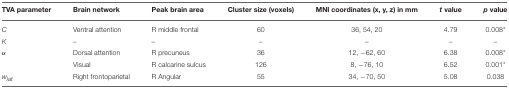
<table><thead><tr><td><b>TVA parameter</b></td><td><b>Brain network</b></td><td><b>Peak brain area</b></td><td><b>Cluster size (voxels)</b></td><td><b>MNI coordinates (x, y, z) in mm</b></td><td><b><i>t</i> value</b></td><td><b><i>p</i> value</b></td></tr></thead><tbody><tr><td><i>C</i></td><td>Ventral attention</td><td>R middle frontal</td><td>60</td><td>36, 54, 20</td><td>4.79</td><td>0.008<sup>*</sup></td></tr><tr><td><i>K</i></td><td>–</td><td>–</td><td>–</td><td>–</td><td>–</td><td>–</td></tr><tr><td>α</td><td>Dorsal attention</td><td>R precuneus</td><td>36</td><td>12, −62, 60</td><td>6.38</td><td>0.008<sup>*</sup></td></tr><tr><td></td><td>Visual</td><td>R calcarine sulcus</td><td>126</td><td>8, −76, 10</td><td>6.52</td><td>0.001<sup>*</sup></td></tr><tr><td><i>w<sub><i>lat</i></sub></i></td><td>Right frontoparietal</td><td>R Angular</td><td>55</td><td>34, −70, 50</td><td>5.08</td><td>0.038</td></tr></tbody></table>